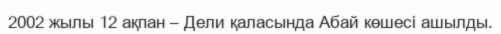
2002 жылы 12 ақпан – Дели қаласында Абай көшесі ашылды.